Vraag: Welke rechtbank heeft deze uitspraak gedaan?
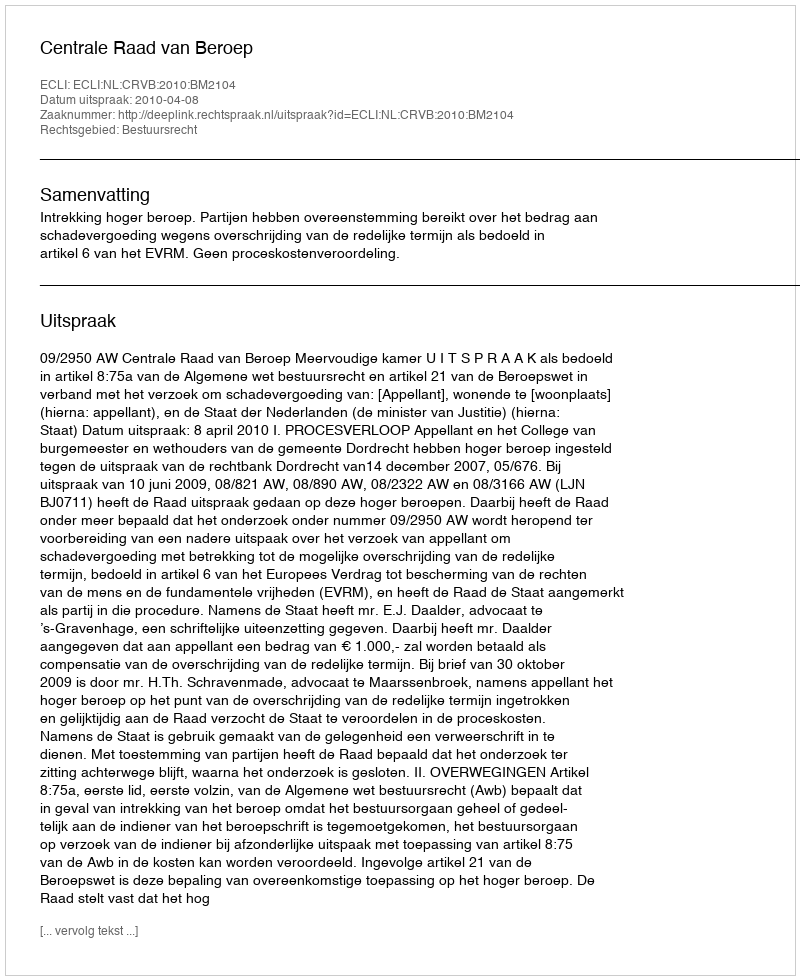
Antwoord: Centrale Raad van Beroep